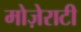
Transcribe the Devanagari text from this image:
मोज़ेराटी